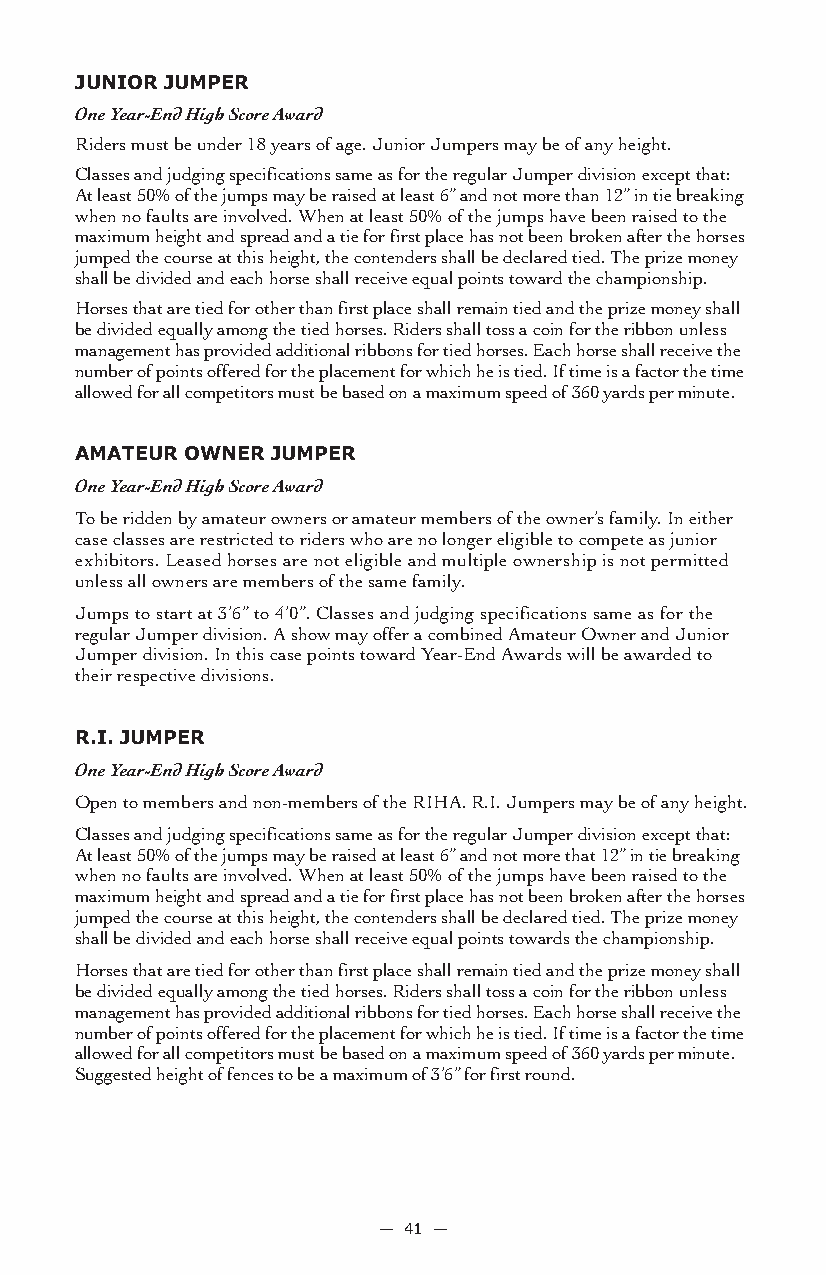
JUnior JUMPer
 One Year-End High Score Award
 Riders must be under 18 years of age. Junior Jumpers may be of any height.
 Classes and judging specifications same as for the regular Jumper division except that:
 At least 50% of the jumps may be raised at least 6” and not more than 12” in tie breaking
 when no faults are involved. When at least 50% of the jumps have been raised to the
 maximum height and spread and a tie for first place has not been broken after the horses
 jumped the course at this height, the contenders shall be declared tied. The prize money
 shall be divided and each horse shall receive equal points toward the championship.
 Horses that are tied for other than first place shall remain tied and the prize money shall
 be divided equally among the tied horses. Riders shall toss a coin for the ribbon unless
 management has provided additional ribbons for tied horses. Each horse shall receive the
 number of points offered for the placement for which he is tied. If time is a factor the time
 allowed for all competitors must be based on a maximum speed of 360 yards per minute.
 aMaTeUr oWner JUMPer
 One Year-End High Score Award
 To be ridden by amateur owners or amateur members of the owner’s family. In either
 case classes are restricted to riders who are no longer eligible to compete as junior
 exhibitors. Leased horses are not eligible and multiple ownership is not permitted
 unless all owners are members of the same family.
 Jumps to start at 3’6” to 4’0”. Classes and judging specifications same as for the
 regular Jumper division. A show may offer a combined Amateur Owner and Junior
 Jumper division. In this case points toward Year-End Awards will be awarded to
 their respective divisions.
 r.i. JUMPer
 One Year-End High Score Award
 Open to members and non-members of the RIHA. R.I. Jumpers may be of any height.
 Classes and judging specifications same as for the regular Jumper division except that:
 At least 50% of the jumps may be raised at least 6” and not more that 12” in tie breaking
 when no faults are involved. When at least 50% of the jumps have been raised to the
 maximum height and spread and a tie for first place has not been broken after the horses
 jumped the course at this height, the contenders shall be declared tied. The prize money
 shall be divided and each horse shall receive equal points towards the championship.
 Horses that are tied for other than first place shall remain tied and the prize money shall
 be divided equally among the tied horses. Riders shall toss a coin for the ribbon unless
 management has provided additional ribbons for tied horses. Each horse shall receive the
 number of points offered for the placement for which he is tied. If time is a factor the time
 allowed for all competitors must be based on a maximum speed of 360 yards per minute.
 Suggested height of fences to be a maximum of 3’6” for first round.
 — 41 —